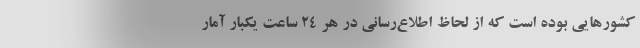
کشورهایی بوده است که از لحاظ اطلاع‌رسانی در هر ۲۴ ساعت یکبار آمار